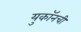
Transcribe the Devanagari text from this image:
युकॉनची